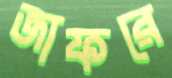
জাফরে